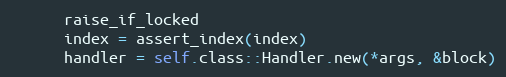
Language: Ruby
      raise_if_locked
      index = assert_index(index)
      handler = self.class::Handler.new(*args, &block)